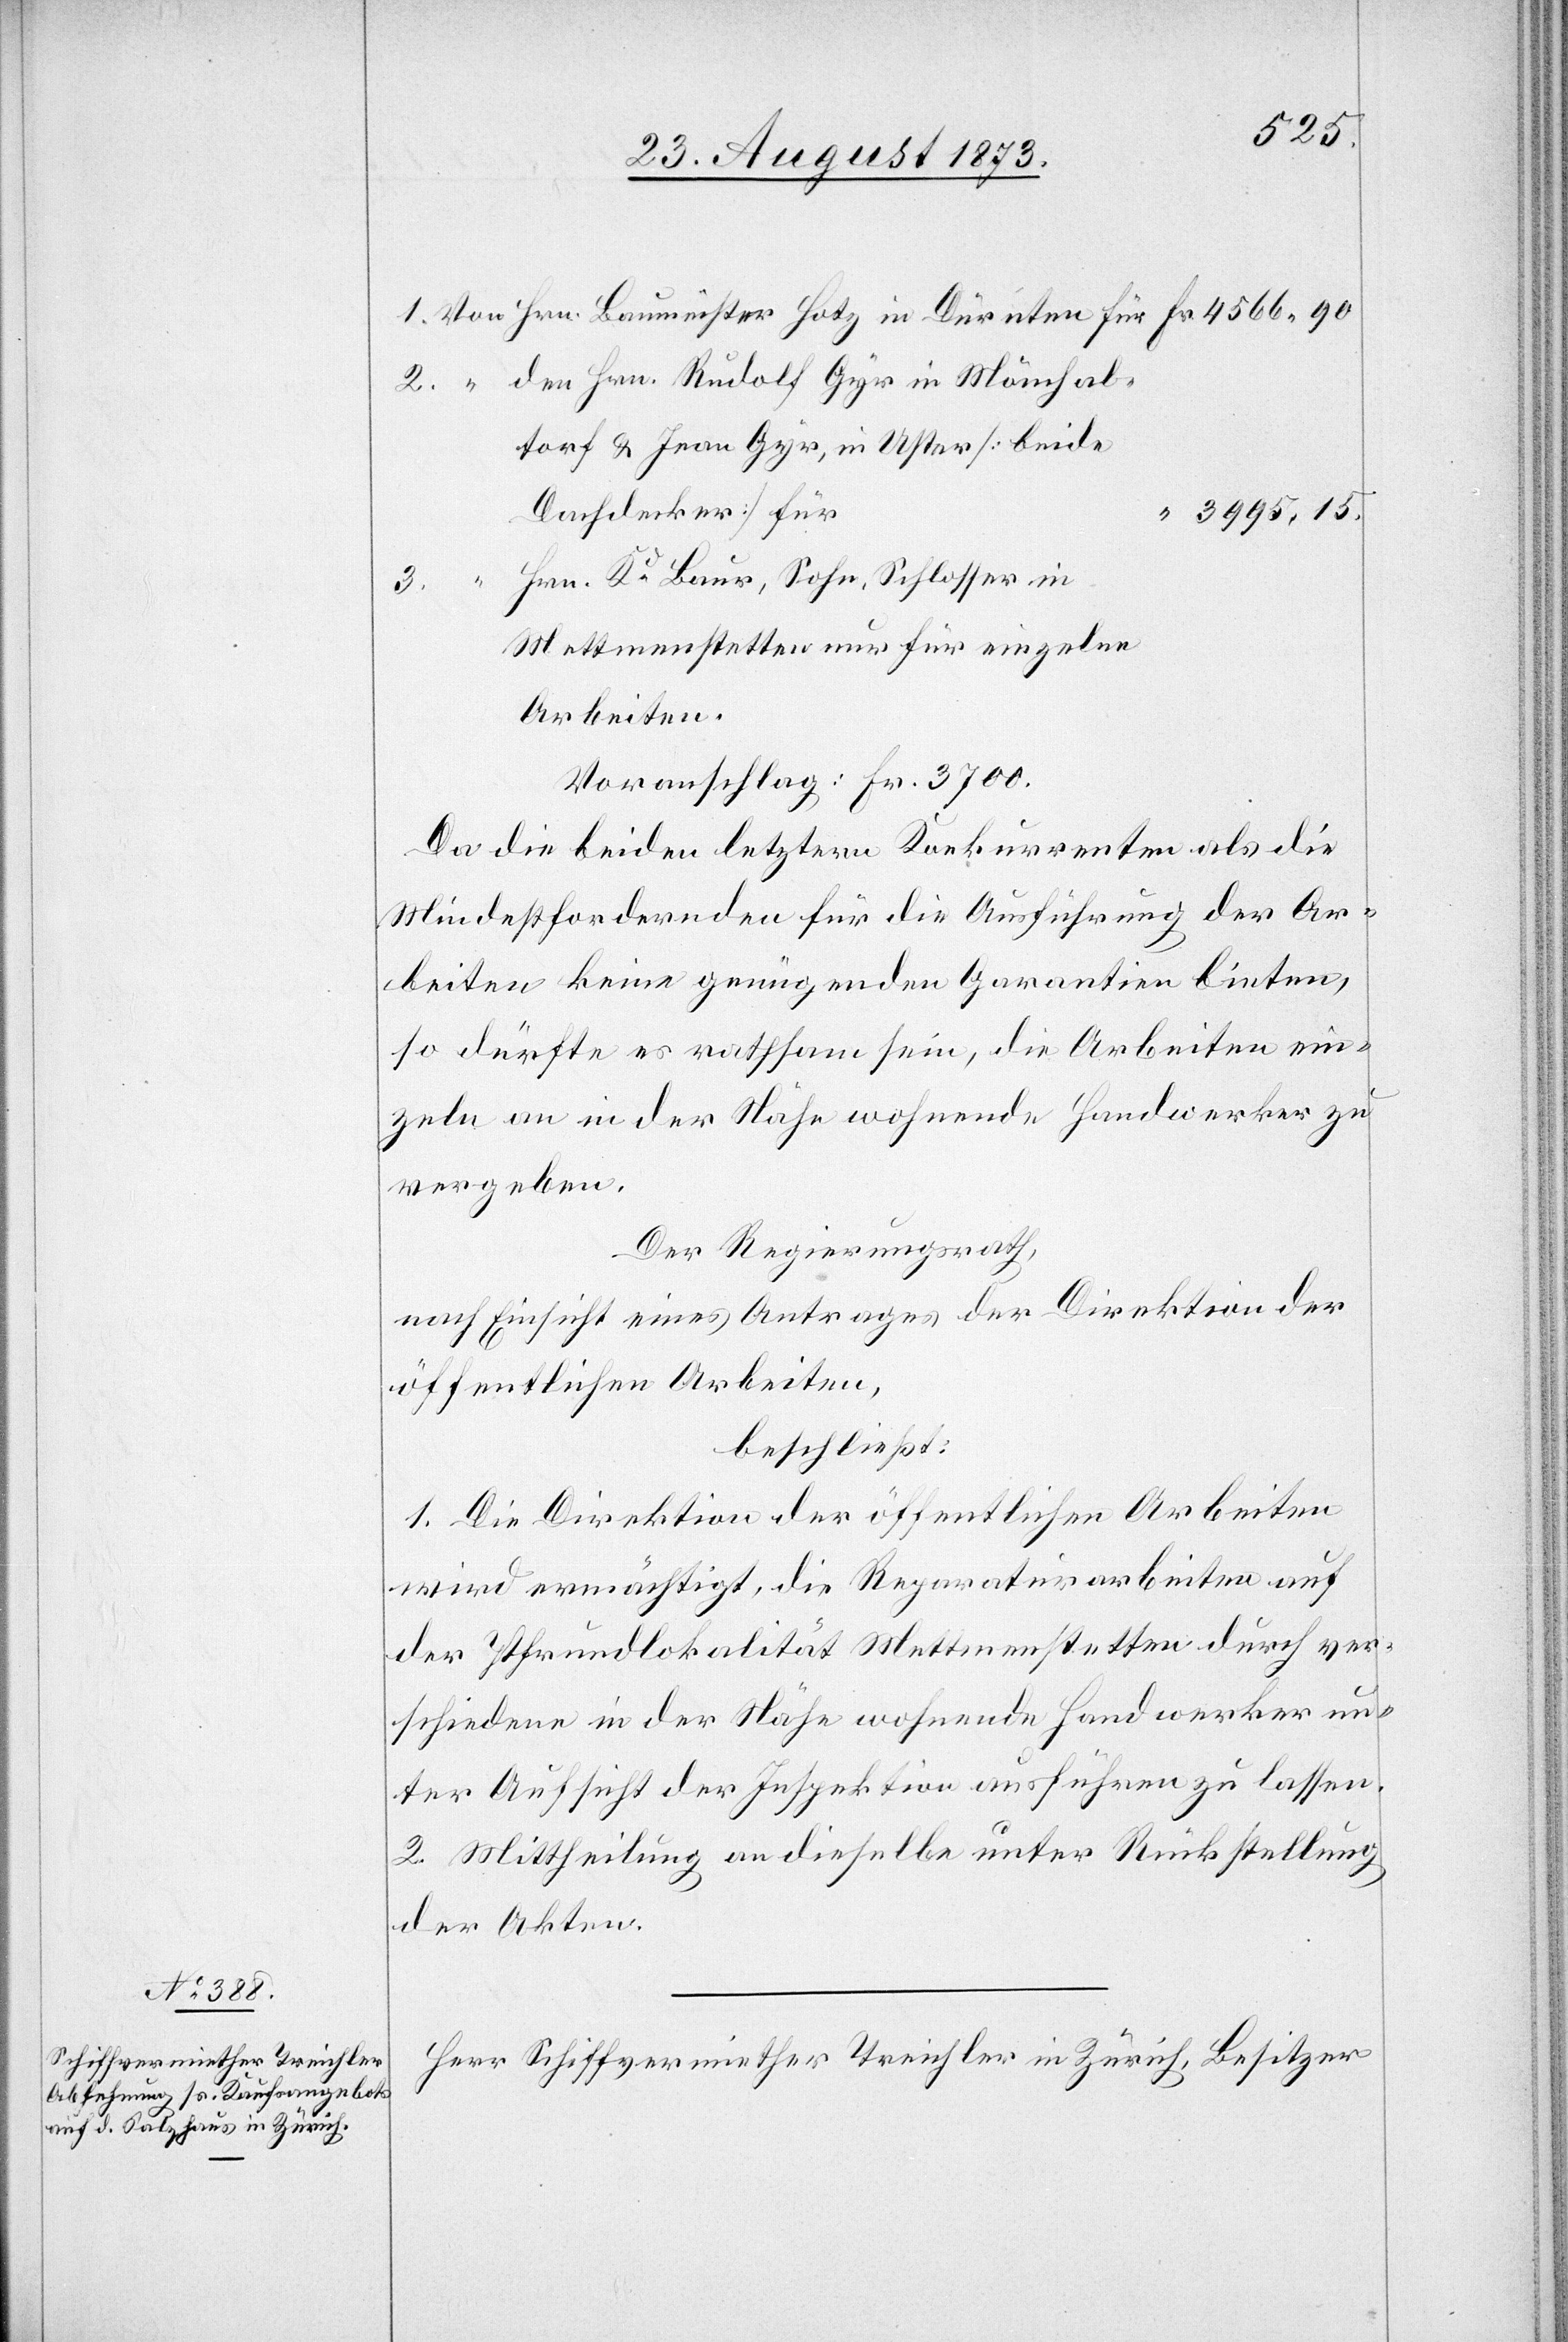
den Hrn. Rudolf Gyr in Mönchal¬
torf & Jean Gyr, in Uster [beide
Dachdecker] für
3 995 15.
Hrn. Kd Baur, Sohn, Schlosser in
4
3.
Mettmentstetten nur für einzelne
Arbeiten.
Voranschlag: Fr. 3 700.
Da die beiden letztern Konkurrenten als die
Mindestfordernden für die Ausführung der Ar¬
beiten keine genügenden Garantien bieten,
so dürfte es rathsam sein, die Arbeiten ein¬
zeln an in der Nähe wohnende Handwerker zu
vergeben.
Der Regierungsrath,
nach Einsicht eines Antrages der Direktion der
öffentlichen Arbeiten,
beschließt:
1. Die Direktion der öffentlichen Arbeiten
wird ermächtigt, die Reparaturarbeiten auf
der Pfrundlokalität Mettmenstetten durch ver¬
schiedene in der Nähe wohnende Handwerker un¬
ter Aufsicht der Inspektion ausführen zu lassen.
2. Mittheilung an dieselbe unter Rückstellung
der Akten.
Herr Schiffvermiether Treichler in Zürich, Besitzer